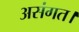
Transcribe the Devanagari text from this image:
असंगत।